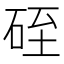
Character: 𥒓